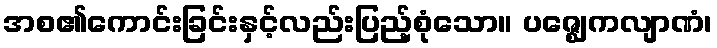
အစ၏ကောင်းခြင်းနှင့်လည်းပြည့်စုံသော။ ပဇ္ဈေကလျာဏံ၊